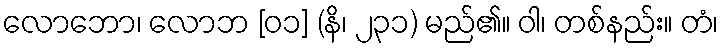
လောဘော၊ လောဘ [၀၁] (နိ၊ ၂၃၁) မည်၏။ ဝါ၊ တစ်နည်း။ တံ၊